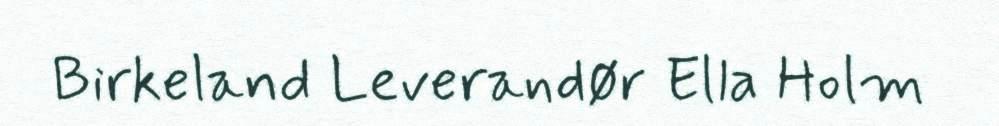
Birkeland Leverandør Ella Holm